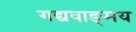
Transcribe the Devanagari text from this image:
गद्यवाङ्‌मय